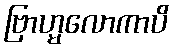
ဗြာဟ္မလောကာပိ